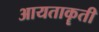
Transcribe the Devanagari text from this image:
आयताकॄती